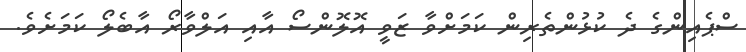
ސްޕެއިންގެ ދެ ކުޅުންތެރިން ކަމަށްވާ ޒަވީ އޮލޮންސޯ އާއި އަލްވާރޯ އާބެލޯ ކަމަށެވެ.